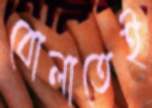
বোলাতেই